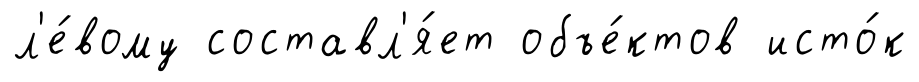
л'е́вому составл'я́ет объе́ктов исто́к